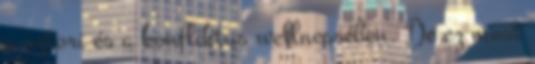
a sztori és a konfliktus wellnessében. De ez most